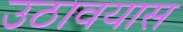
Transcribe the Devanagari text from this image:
उठावयास